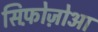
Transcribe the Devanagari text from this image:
सिफ़ोज़ोआ